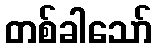
တစ်ခါသော်